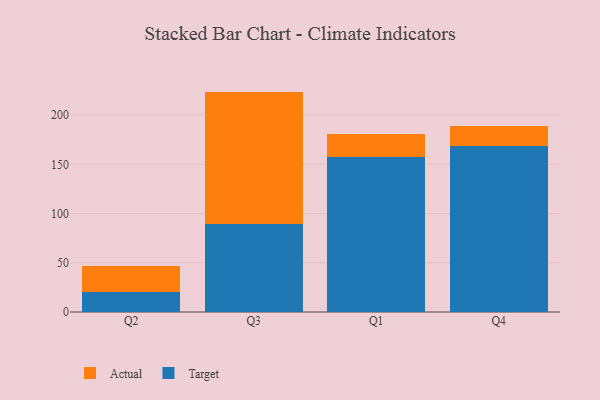
{"axis": {"x": "Quarter", "y": "Net Income (USD K)"}, "legend": ["Actual", "Target"], "data": [{"x": "Q2", "y": 20.1, "type": "Target"}, {"x": "Q2", "y": 26.4, "type": "Actual"}, {"x": "Q3", "y": 89.7, "type": "Target"}, {"x": "Q3", "y": 134.2, "type": "Actual"}, {"x": "Q1", "y": 157.9, "type": "Target"}, {"x": "Q1", "y": 23.0, "type": "Actual"}, {"x": "Q4", "y": 168.9, "type": "Target"}, {"x": "Q4", "y": 19.7, "type": "Actual"}]}